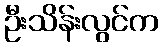
ဦးသိန်းလွင်က